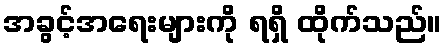
အခွင့်အရေးများကို ရရှိ ထိုက်သည်။